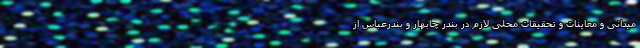
میدانی و معاینات و تحقیقات محلی لازم در بندر چابهار و بندرعباس از